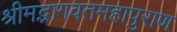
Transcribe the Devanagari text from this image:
श्रीमद्भागवतमहापुराण